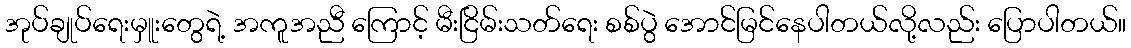
အုပ်ချုပ်ရေးမှူးတွေရဲ့ အကူအညီ ကြောင့် မီးငြိမ်းသတ်ရေး စစ်ပွဲ အောင်မြင်နေပါတယ်လို့လည်း ပြောပါတယ်။